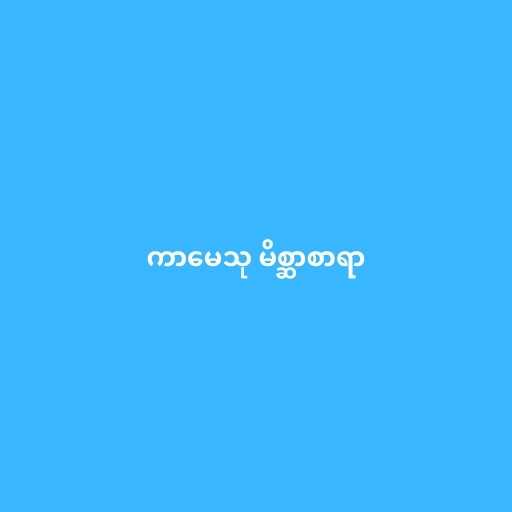
ကာမေသု မိစ္ဆာစာရာ